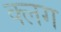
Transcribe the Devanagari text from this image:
क्लग